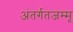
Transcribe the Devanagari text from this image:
अंतर्गतजम्मू